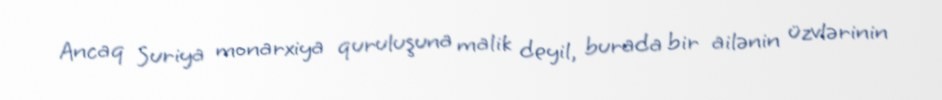
Ancaq Suriya monarxiya quruluşuna malik deyil, burada bir ailənin üzvlərinin